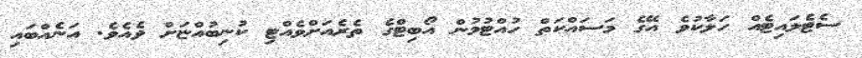
ސެޓެލައިޓެއް ހަލާކުވެ އޭގެ މަސައްކަތް ހުއްޓުމުން އޯބިޓްގެ ތެރެއަށްވެއްޓި ކުނިބުއްޏަށް ވެއެވެ. އަނެއްބައި